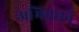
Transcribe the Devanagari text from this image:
अभिवधर्न